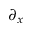
\partial _ { x }